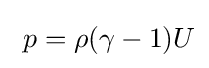
{\ p=\rho (\gamma -1)U}